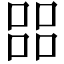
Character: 㗊